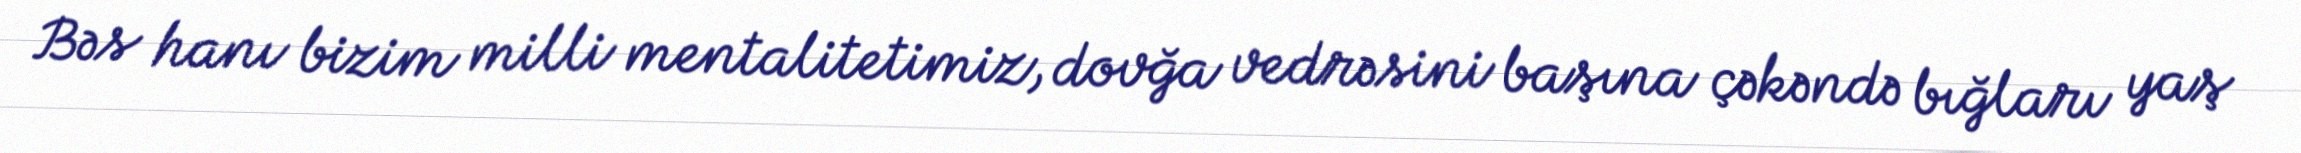
Bəs hanı bizim milli mentalitetimiz, dovğa vedrəsini başına çəkəndə bığları yaş